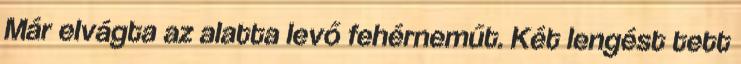
Már elvágta az alatta levő fehérneműt. Két lengést tett